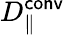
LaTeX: D_{\parallel}^{\mathsf{conv}}